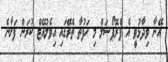
އޭނާ ވިދާޅުވީ އެ ޕްރޮޕޯސަލް މި ހަފުތާ ތެރޭގައި އިވެލުއޭޓް ކުރަން ފަށާނެ